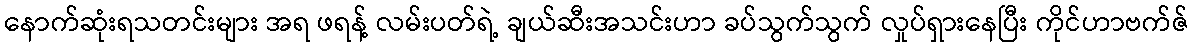
နောက်ဆုံးရသတင်းများ အရ ဖရန့် လမ်းပတ်ရဲ့ ချယ်ဆီးအသင်းဟာ ခပ်သွက်သွက် လှုပ်ရှားနေပြီး ကိုင်ဟာဗက်ဇ်